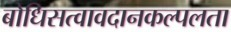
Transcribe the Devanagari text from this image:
बोधिसत्वावदानकल्पलता